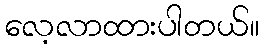
လေ့လာထားပါတယ်။